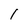
Character: l